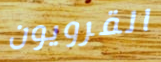
القرويون